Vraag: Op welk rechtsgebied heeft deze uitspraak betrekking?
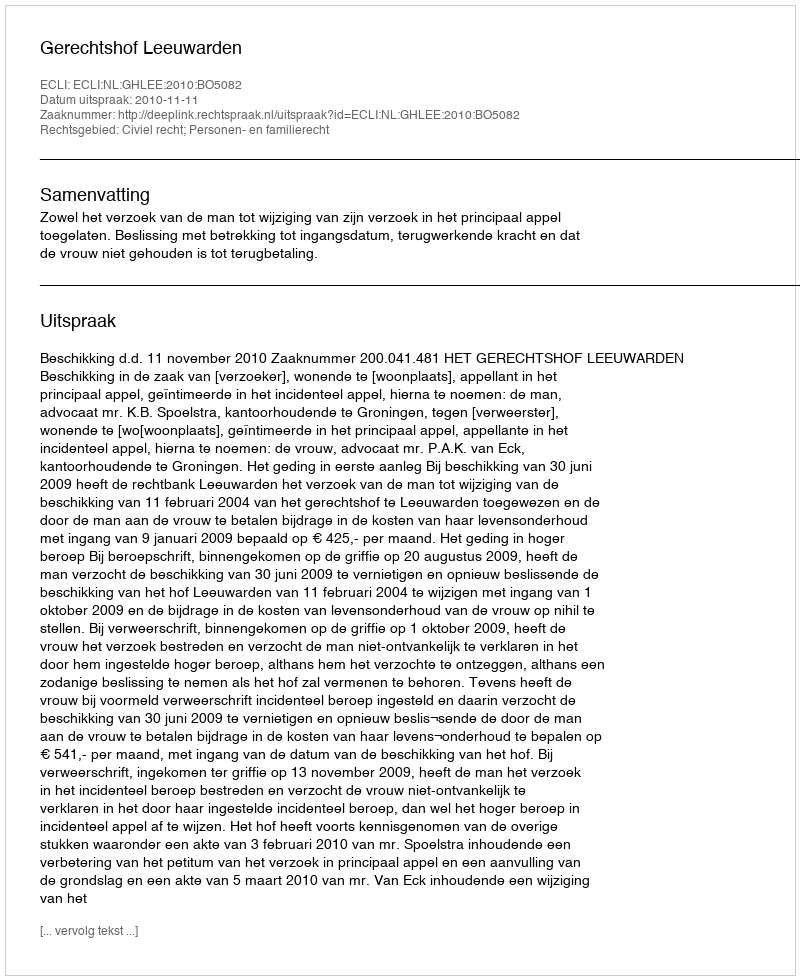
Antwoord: Civiel recht; Personen- en familierecht